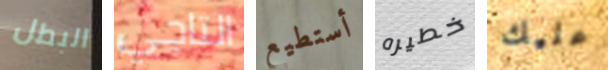
البطل التاجي أستطيع خطيره عليك